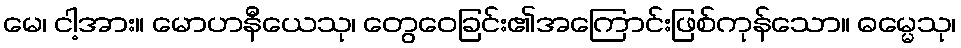
မေ၊ ငါ့အား။ မောဟနီယေသု၊ တွေဝေခြင်း၏အကြောင်းဖြစ်ကုန်သော။ ဓမ္မေသု၊